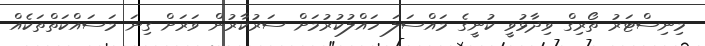
މިނިސްޓަރު ތޯރިިގް ވިދާޅުވީ ކުނީގެ މައްސަލަ ހައްލުކުރުމަށް ސަރުކާރުން ވަރަށް ގިނަ މަސައްކަތްތަކެއް